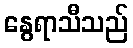
နွေရာသီသည်